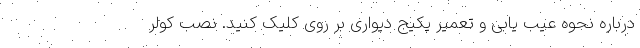
درباره نحوه عیب یابی و تعمیر پکیج دیواری بر روی کلیک کنید. نصب کولر